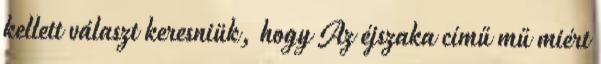
kellett választ keresniük, hogy Az éjszaka című mű miért